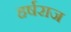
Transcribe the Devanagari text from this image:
हर्षराज